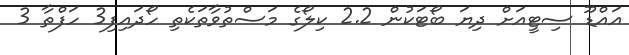
އައްޑޫ ސިޓީއަށް ދިޔަ ބޯޓަކުން 2.2 ކިލޯގެ މަސްތުވާތަކެތި ހޯދައިފި3 ހަފްތާ 3